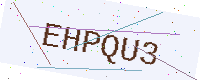
Text: EHPQU3